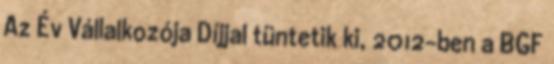
Az Év Vállalkozója Díjjal tüntetik ki, 2012-ben a BGF